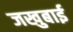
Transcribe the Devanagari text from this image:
जखुबाई